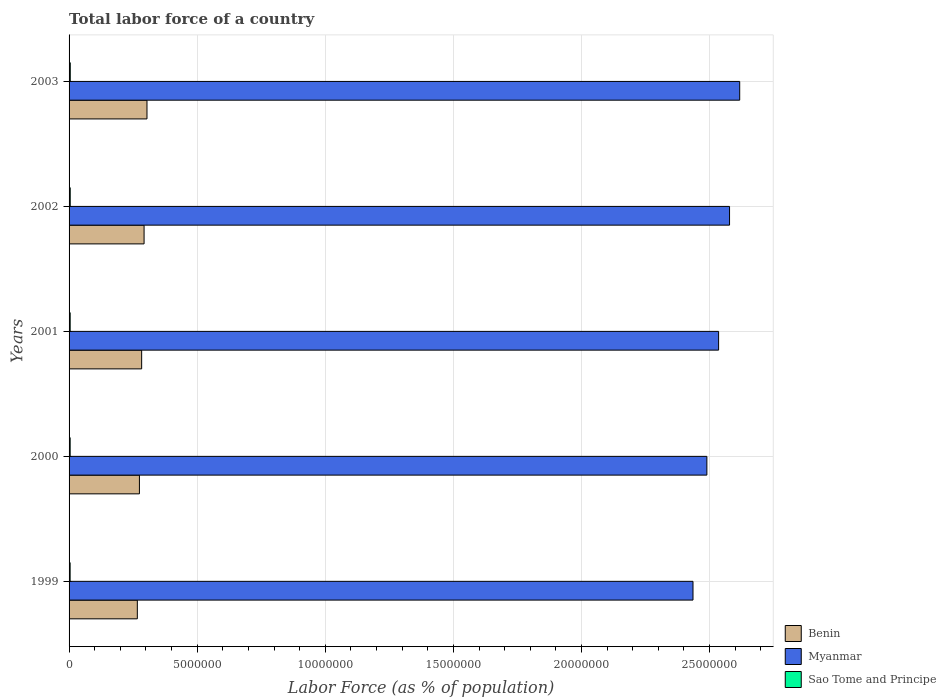
| Years | Benin | Myanmar | Sao Tome and Principe |
 | --- | --- | --- | --- |
 | 1999 | 2.66e+06 | 2.44e+07 | 4.11e+04 |
 | 2000 | 2.75e+06 | 2.49e+07 | 4.21e+04 |
 | 2001 | 2.83e+06 | 2.54e+07 | 4.32e+04 |
 | 2002 | 2.93e+06 | 2.58e+07 | 4.47e+04 |
 | 2003 | 3.04e+06 | 2.62e+07 | 4.64e+04 |